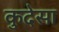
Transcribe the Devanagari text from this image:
कुदेसा